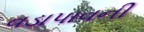
વડાપાવની